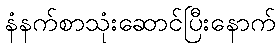
နံနက်စာသုံးဆောင်ပြီးနောက်